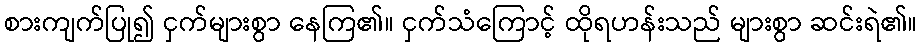
စားကျက်ပြု၍ ငှက်များစွာ နေကြ၏။ ငှက်သံကြောင့် ထိုရဟန်းသည် များစွာ ဆင်းရဲ၏။